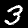
Digit: 3